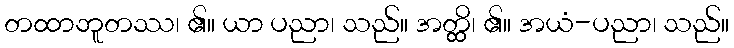
တထာဘူတဿ၊ ၏။ ယာ ပညာ၊ သည်။ အတ္တ္ထိ၊ ၏။ အယံ-ပညာ၊ သည်။